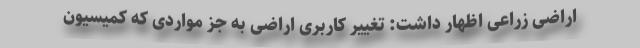
اراضی زراعی اظهار داشت: تغییر کاربری اراضی به جز مواردی که کمیسیون